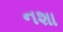
નશા